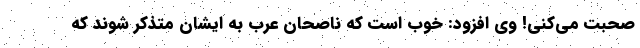
صحبت می‌کنی! وی افزود: خوب است که ناصحان عرب به ایشان متذکر شوند که